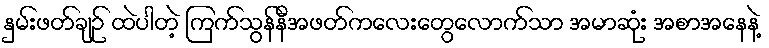
နှမ်းဖတ်ချဉ် ထဲပါတဲ့ ကြက်သွန်နီအဖတ်ကလေးတွေလောက်သာ အမာဆုံး အစာအနေနဲ့